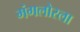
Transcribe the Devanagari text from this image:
मंगलोरला